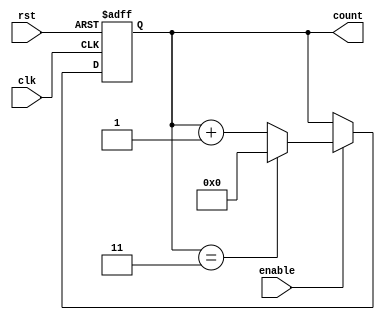
module Modulo_N_Up_Counter
(
    input wire clk,
    input wire rst,
    input wire enable,
    output reg [N-1:0] count
);

parameter N = 4; // Change N value as required

always @(posedge clk or posedge rst)
begin
    if (rst)
        count <= 0;
    else if (enable)
        count <= (count == N-1) ? 0 : count + 1;
end

endmodule